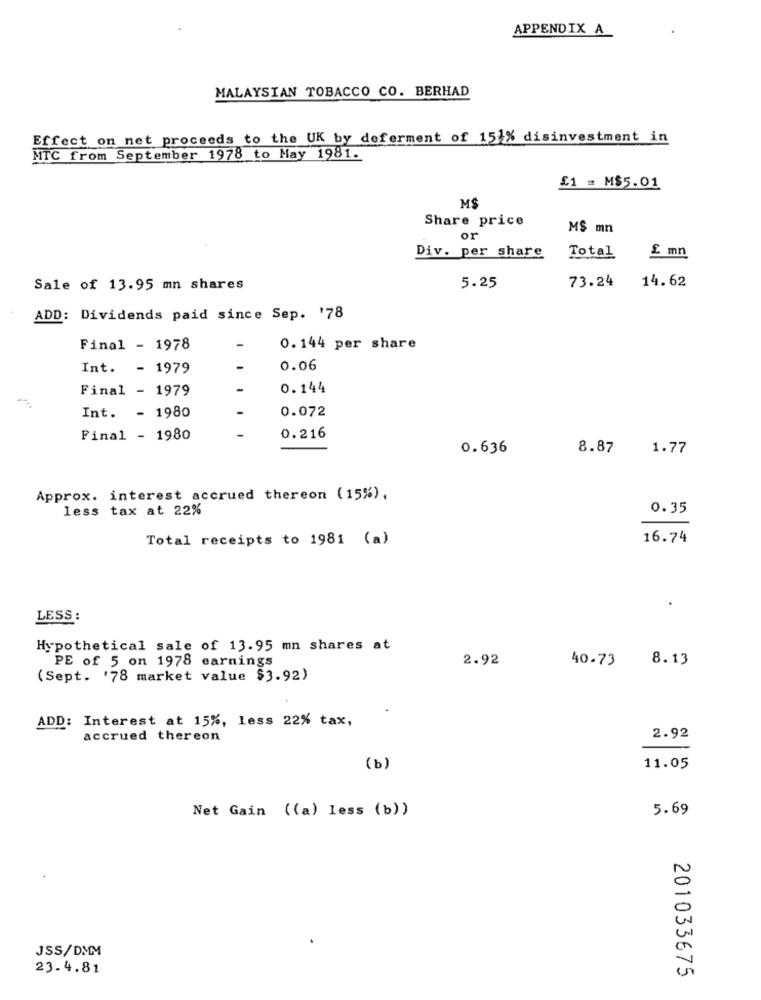
APPENDIX A
MALAYSIAN TOBACCO CO. BERHAD
Effect on net proceeds to the UK by deferment of 151% disinvestment in
MTC from September 1978 to May 1981.
£1 = M$5.01
M$
Share price
M$ mn
or
£ mn
Div. per share
Total
73.24
Sale of 13.95 mn shares
5.25
14.62
ADD: Dividends paid since Sep. '78
Final - 1978
0.144 per share
Int. - 1979
0.06
Final - 1979
0.144
0.072
Int. - 1980
Final - 1980
0.216
0.636
8.87
1.77
Approx. interest accrued thereon (15%),
less tax at 22%
0.35
Total receipts to 1981 (a)
16.74
LESS :
Hypothetical sale of 13.95 mn shares at
PE of 5 on 1978 earnings
2.92
40.73
8.13
(Sept. '78 market value $3.92)
.
ADD: Interest at 15%, less 22% tax,
accrued thereon
2.92
(b)
11.05
Net Gain ((a) less (b) )
5.69
JSS/DMM
23.4.81
201033675